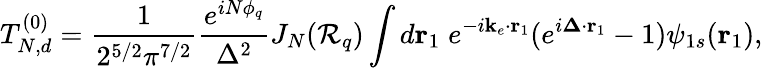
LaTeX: T_{N,d}^{(0)}=\frac{1}{2^{5/2}\pi^{7/2}}\frac{e^{iN\phi_{q}}}{\Delta^{2}}J_{N}({\cal R}_{q})\int d\mathbf{r}_{1}\; e^{-i\mathbf{k}_{e}\cdot\mathbf{r}_{1}}(e^{i\mathbf{\Delta}\cdot\mathbf{r}_{1}}-1)\psi_{1s}(\mathbf{r}_{1}),